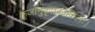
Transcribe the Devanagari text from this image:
कूजानुकृतकोकिलः।